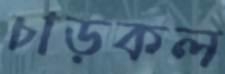
চাড়কল